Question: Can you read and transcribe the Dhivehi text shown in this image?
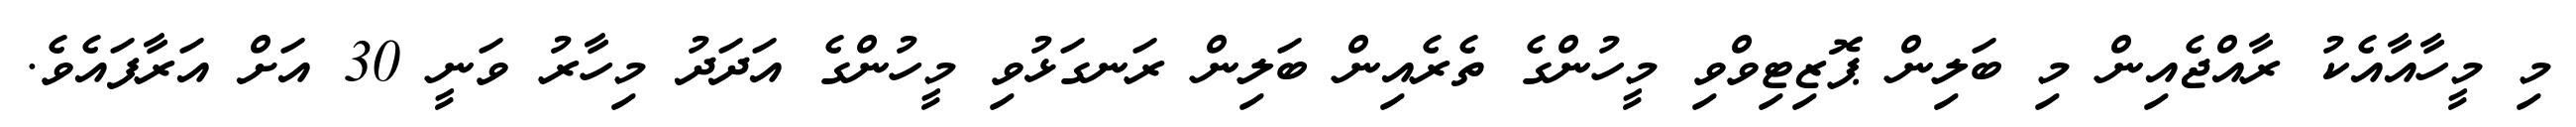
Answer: މި މީހާއާއެކު ރާއްޖެއިން މި ބަލިން ޕޮޒިޓިވްވި މީހުންގެ ތެރެއިން ބަލިން ރަނގަޅުވި މީހުންގެ އަދަދު މިހާރު ވަނީ 30 އަށް އަރާފައެވެ.